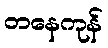
တနေကုန်